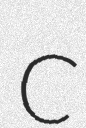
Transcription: C